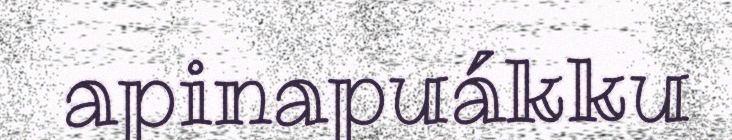
apinapuákku